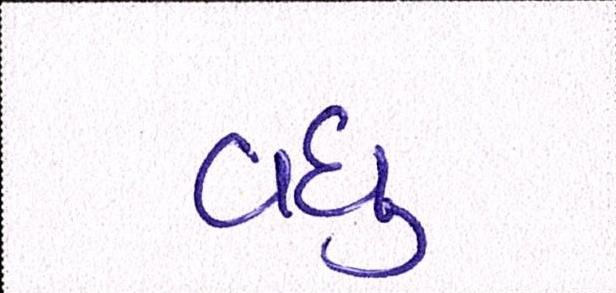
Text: વધુ